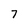
Character: 7